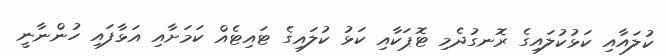
ކުލައާއި ކަޅުކުލައިގެ ރޮނގުދެމި ޓޮޕަކާއި ކަޅު ކުލައިގެ ޓައިޓެއް ކަމަށާއި އަޅާފައި ހުންނާނީ